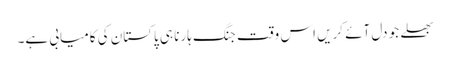
بھلے جو دل آئے کریں اس وقت جنگ ہارنا ہی پاکستان کی کامیابی ہے۔